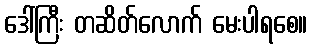
ဒေါ်ကြီး တဆိတ်လောက် မေးပါရစေ။